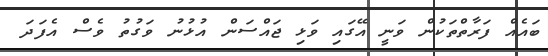
ބައެއް ފަރާތްތަކުން ވަނީ އޭގައި ވަޅި ޖައްސަން އުޅުނު ވަގުތު ވެސް އެފަދަ